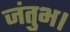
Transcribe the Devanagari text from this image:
जंतुभ।